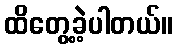
ထိတွေ့ခဲ့ပါတယ်။